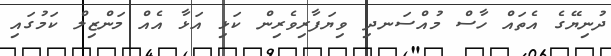
ދުނިޔޭގެ އެތައް ހާސް މުއްސަނދި ވިޔަފާރިވެރިން ކަޅި އަޅާ އެއް މަންޒިލް ކަމުގައި